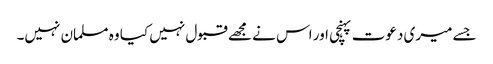
جسے میری دعوت پہنچی اور اس نے مجھے قبول نہیں کیا وہ مسلمان نہیں۔